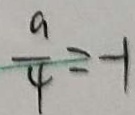
\frac { a } { 4 } = - 1